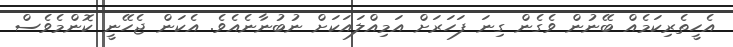
އެހީތެރިކަމެއް ބޭނުން ވެގެން ގިނަ ފަހަރަށް އަމިއްލައަކަށް ނުބުނާނެއެވެ. އެކަން ޖެހޭނީ ކޮންމެވެސް